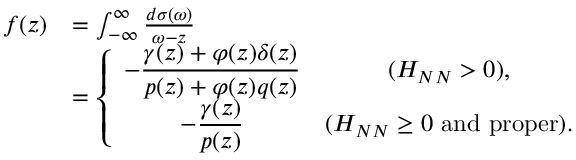
\begin{array} { r l } { f ( z ) } & { = \int _ { - \infty } ^ { \infty } \frac { d \sigma ( \omega ) } { \omega - z } } \\ & { = \left\{ \begin{array} { c c } { \displaystyle - \frac { \gamma ( z ) + \varphi ( z ) \delta ( z ) } { p ( z ) + \varphi ( z ) q ( z ) } } & { ( H _ { N N } > 0 ) , } \\ { \displaystyle - \frac { \gamma ( z ) } { p ( z ) } } & { ( H _ { N N } \geq 0 \ \mathrm { a n d } \ \mathrm { p r o p e r } ) . } \end{array} \right. } \end{array}